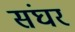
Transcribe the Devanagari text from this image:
संघर